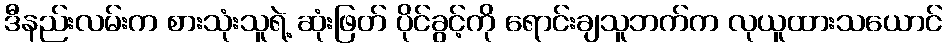
ဒီနည်းလမ်းက စားသုံးသူရဲ့ ဆုံးဖြတ် ပိုင်ခွင့်ကို ရောင်းချသူဘက်က လုယူထားသယောင်